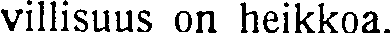
villisuus on heikkoa.